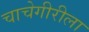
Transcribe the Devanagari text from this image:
चाचेगीरीला